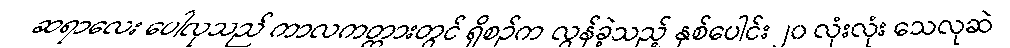
ဆရာလေး ပေါလုသည် ကာလကတ္တားတွင် ရှိစဉ်က လွန်ခဲ့သည့် နှစ်ပေါင်း ၂၀ လုံးလုံး သေလုဆဲ